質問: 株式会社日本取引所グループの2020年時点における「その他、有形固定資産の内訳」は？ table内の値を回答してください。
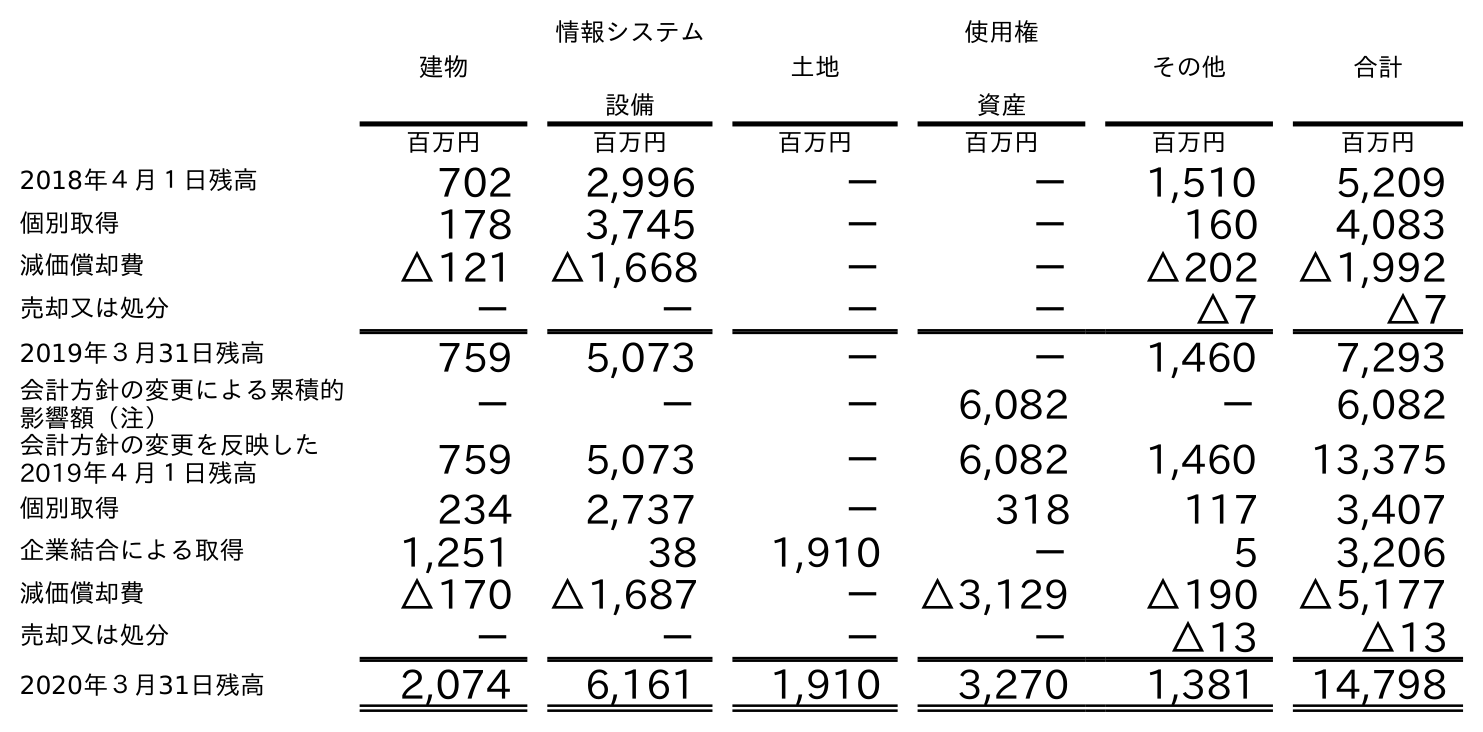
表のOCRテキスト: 建物 情報システム 設備 土地 使用権 資産 その他 合計 百万円 百万円 百万円 百万円 百万円 百万円 2018年４月１日残高 702 2,996 － － 1,510 5,209 個別取得 178 3,745 － － 160 4,083 減価償却費 △121 △1,668 － － △202 △1,992 売却又は処分 － － － － △7 △7 2019年３月31日残高 759 5,073 － － 1,460 7,293 会計方針の変更による累積的 影響額（注） － － － 6,082 － 6,082 会計方針の変更を反映した 2019年４月１日残高 759 5,073 － 6,082 1,460 13,375 個別取得 234 2,737 － 318 117 3,407 企業結合による取得 1,251 38 1,910 － 5 3,206 減価償却費 △170 △1,687 － △3,129 △190 △5,177 売却又は処分 － － － － △13 △13 2020年３月31日残高 2,074 6,161 1,910 3,270 1,381 14,798
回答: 1,381